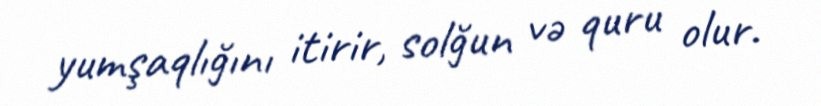
yumşaqlığını itirir, solğun və quru olur.